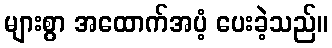
များစွာ အထောက်အပံ့ ပေးခဲ့သည်။